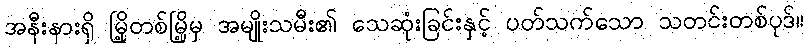
အနီးနားရှိ မြို့တစ်မြို့မှ အမျိုးသမီး၏ သေဆုံးခြင်းနှင့် ပတ်သက်သော သတင်းတစ်ပုဒ်။